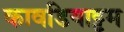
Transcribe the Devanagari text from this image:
कावडियाट्टम